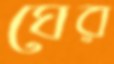
ঘের